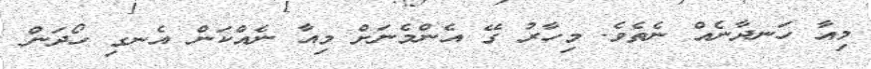
މިއާ ހަނދާނެއް ނެތެވެ. މިހާރު ގޭ އެންމެނަށް މިއާ ނެއްކަން އެނގި ހޯދަން